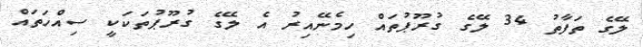
ލޭގެ ތަފާތު 34 ލޭގެ ގުރޫޕުތައް ހިމެނޭއިރު އެ ލޭގެ ގުރޫޕުތަކަކީ ސިއްހަތައް